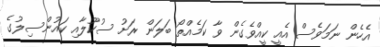
އެހެން ނަމަވެސް އެއީ ކީއްވެގެން ވާ ކަމެއްތޯ ބަލަން ރަށު ސުކޫލާއި ކައުންސިލުގެ